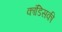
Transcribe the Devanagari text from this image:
कांडिसकी